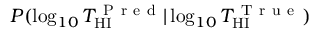
P ( \log _ { 1 0 } T _ { \mathrm { H I } } ^ { \mathrm { ~ P ~ r ~ e ~ d ~ } } | \log _ { 1 0 } T _ { \mathrm { H I } } ^ { \mathrm { ~ T ~ r ~ u ~ e ~ } } )